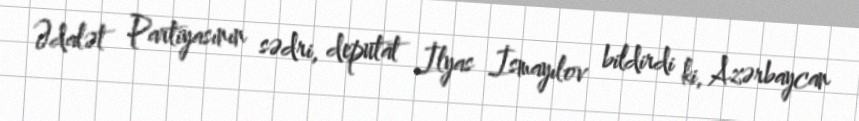
Ədalət Partiyasının sədri, deputat İlyas İsmayılov bildirdi ki, Azərbaycan